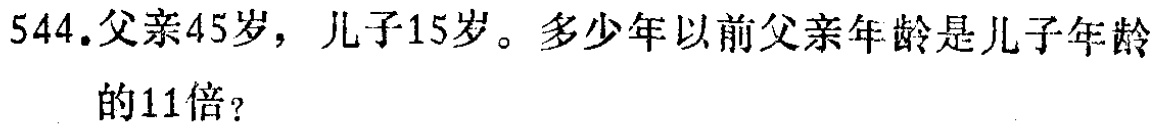
544.父亲45岁，儿子15岁。多少年前父亲年龄是儿子年龄的11倍？